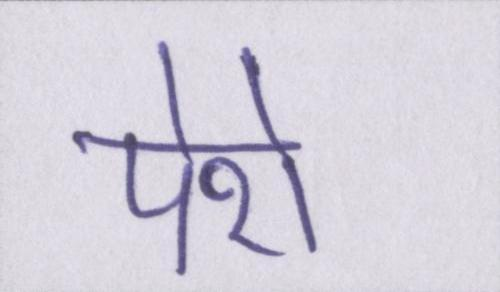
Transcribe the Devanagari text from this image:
पेशे